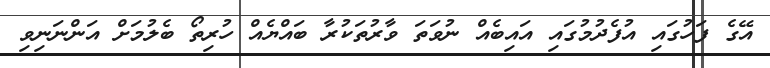
އޭގެ ފަހުގައި އުފެދުމުގައި އައިބެއް ނުވަތަ ވާރުތަކުރާ ބައްޔެއް ހުރިތޯ ބެލުމަށް އަންނަނިވި